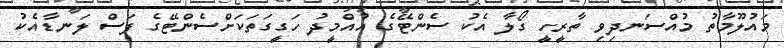
މައުލޫމާތު މުއްސަނދިވި ތާރީހީ ގޯލާ އެކު ސެންޓޭގެ އުއްމީދު ހަގީގަތަކަށްސެންޓޭގެ ފަސް ލަނޑާއެކު